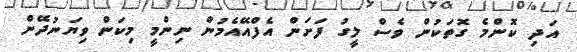
އަދި ކޮންމެ ގޮތަކުން ވެސް ލީގު ފަށަން އެފްއޭއެމުން ނިންމީ މިކަން ވިޔަނުދޭން